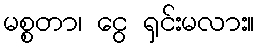
မစ္စတာ၊ ငွေ ရှင်းမလား။